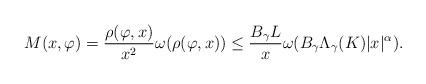
LaTeX: \begin{align*}M(x,\varphi)= \frac{\rho(\varphi,x)}{x^2} \omega(\rho(\varphi,x))\le \frac{ B_\gamma L}{x}\omega(B_\gamma \Lambda_\gamma(K) |x|^\alpha).\end{align*}